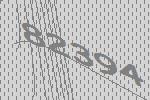
82394